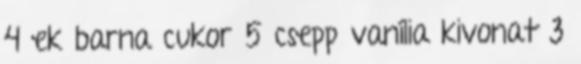
4 ek barna cukor 5 csepp vanília kivonat 3